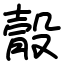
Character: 䐨